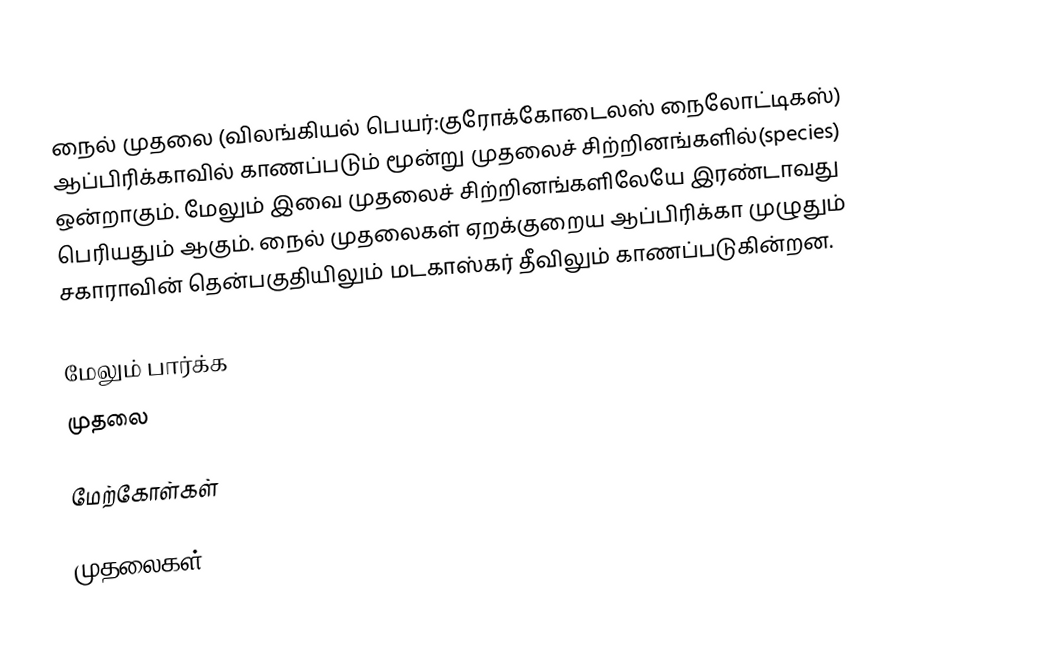
நைல் முதலை (விலங்கியல் பெயர்:குரோக்கோடைலஸ் நைலோட்டிகஸ்) ஆப்பிரிக்காவில் காணப்படும் மூன்று முதலைச் சிற்றினங்களில்(species) ஒன்றாகும். மேலும் இவை முதலைச் சிற்றினங்களிலேயே இரண்டாவது பெரியதும் ஆகும். நைல் முதலைகள் ஏறக்குறைய ஆப்பிரிக்கா முழுதும் சகாராவின் தென்பகுதியிலும் மடகாஸ்கர் தீவிலும் காணப்படுகின்றன.

மேலும் பார்க்க
 முதலை

மேற்கோள்கள்

முதலைகள்